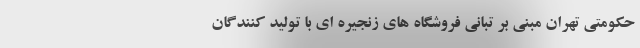
حکومتی تهران مبنی بر تبانی فروشگاه های زنجیره ای با تولید کنندگان